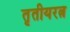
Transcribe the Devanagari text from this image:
तृतीयरत्न